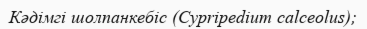
Кәдімгі шолпанкебіс (Cyprіpedіum calceolus);